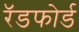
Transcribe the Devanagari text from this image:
रॅडफोर्ड